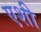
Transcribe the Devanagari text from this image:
एशी